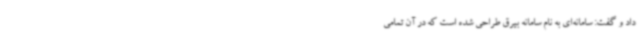
داد و گفت: سامانه‌ای به نام سامانه بیرق طراحی شده است که در آن تمامی